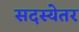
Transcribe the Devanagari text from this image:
सदस्येतर